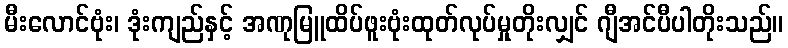
မီးလောင်ဗုံး၊ ဒုံးကျည်နှင့် အဏုမြူထိပ်ဖူးဗုံးထုတ်လုပ်မှုတိုးလျှင် ဂျီအင်ပီပါတိုးသည်။